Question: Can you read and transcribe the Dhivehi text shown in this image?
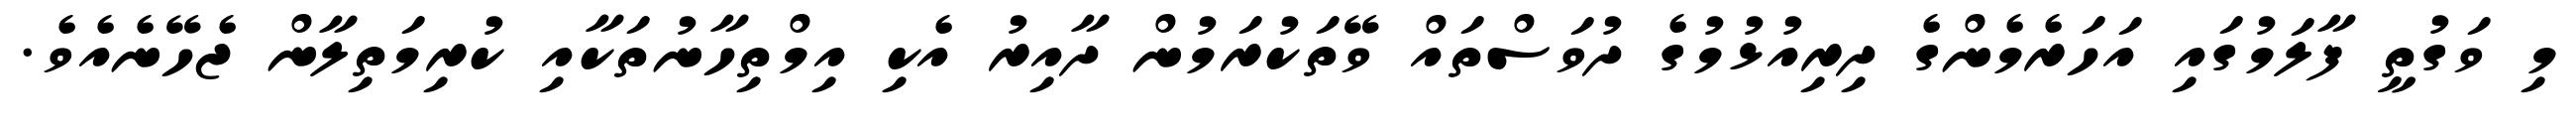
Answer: މި ވަގުތީ ފާލަމުގައި އަހަރެމެންގެ ދިރިއުޅުމުގެ ދުވަސްތައް ވޭތަކުރަމުން ދާއިރު އެކި އިމްތިހާނުތަކާއި ކުރިމަތިލާން ޖެހޭނެއެވެ.